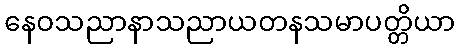
နေဝသညာနာသညာယတနသမာပတ္တိယာ